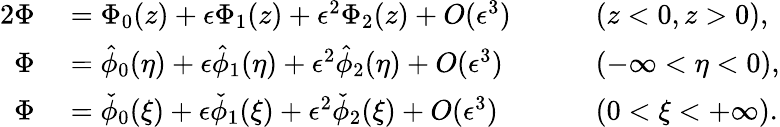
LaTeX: \begin{array}{rlrl}{{2}\Phi}&{{}={\Phi}_{0}(z)+\epsilon{\Phi}_{1}(z)+\epsilon^{2}{\Phi}_{2}(z)+O(\epsilon^{3})\quad}&{}&{{}(z<0,z>0),}\\ {\Phi}&{{}=\hat{\phi}_{0}(\eta)+\epsilon\hat{\phi}_{1}(\eta)+\epsilon^{2}\hat{\phi}_{2}(\eta)+O(\epsilon^{3})\quad}&{}&{{}(-\infty<\eta<0),}\\ {\Phi}&{{}=\check{\phi}_{0}(\xi)+\epsilon\check{\phi}_{1}(\xi)+\epsilon^{2}\check{\phi}_{2}(\xi)+O(\epsilon^{3})\quad}&{}&{{}(0<\xi<+\infty).}\end{array}